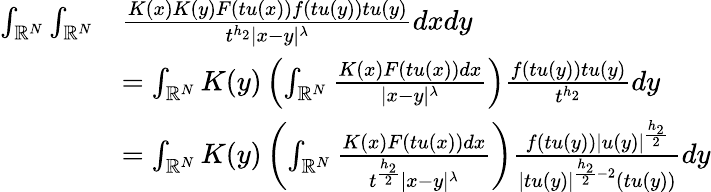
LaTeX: \begin{array}{rl}{\int_{{\mathbb R}^{N}}\int_{{\mathbb R}^{N}}}&{\frac{K(x)K(y)F(tu(x))f(tu(y))tu(y)}{t^{h_{2}}|x-y|^{\lambda}}dxdy}\\ &{=\int_{{\mathbb R}^{N}}K(y)\left(\int_{{\mathbb R}^{N}}\frac{K(x)F(tu(x))dx}{|x-y|^{\lambda}}\right)\frac{f(tu(y))tu(y)}{t^{h_{2}}}dy}\\ &{=\int_{{\mathbb R}^{N}}K(y)\left(\int_{{\mathbb R}^{N}}\frac{K(x)F(tu(x))dx}{t^{\frac{h_{2}}{2}}|x-y|^{\lambda}}\right)\frac{f(tu(y))|u(y)|^{\frac{h_{2}}{2}}}{|tu(y)|^{\frac{h_{2}}{2}-2}(tu(y))}dy}\end{array}